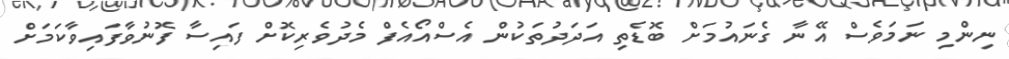
ނިންމި ނަމަވެސް އޭނާ ގެނައުމަށް ބޮޑެތި އަދަދުތަކުން އެސްއޯއެފް މެދުވެރިކޮށް ފައިސާ ފޮނުވާފައިވާކަމަށް